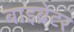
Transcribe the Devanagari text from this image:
बाइब्रेटर